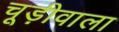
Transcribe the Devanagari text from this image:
चूड़ीवाला